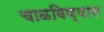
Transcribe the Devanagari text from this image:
चाळविण्यास